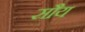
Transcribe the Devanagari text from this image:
सौय